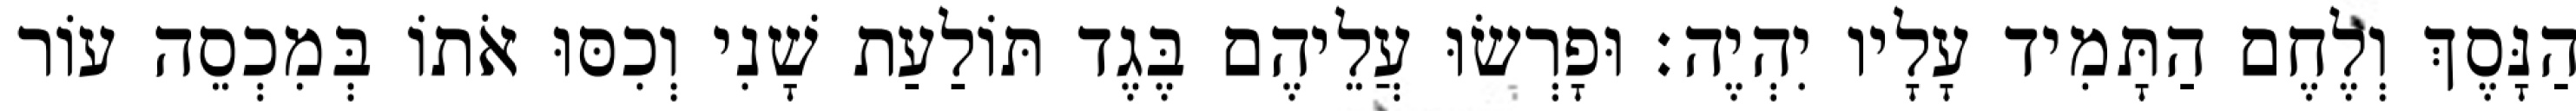
הַנָּסֶךְ וְלֶחֶם הַתָּמִיד עָלָיו יִהְיֶה׃ וּפָרְשׂוּ עֲלֵיהֶם בֶּגֶד תּוֹלַעַת שָׁנִי וְכִסּוּ אֹתוֹ בְּמִכְסֵה עוֹר